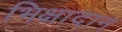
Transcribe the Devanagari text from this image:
भिक्षादान